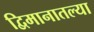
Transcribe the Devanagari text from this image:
द्विमानातल्या